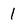
Character: 1